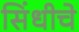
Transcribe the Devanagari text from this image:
सिंधीचे